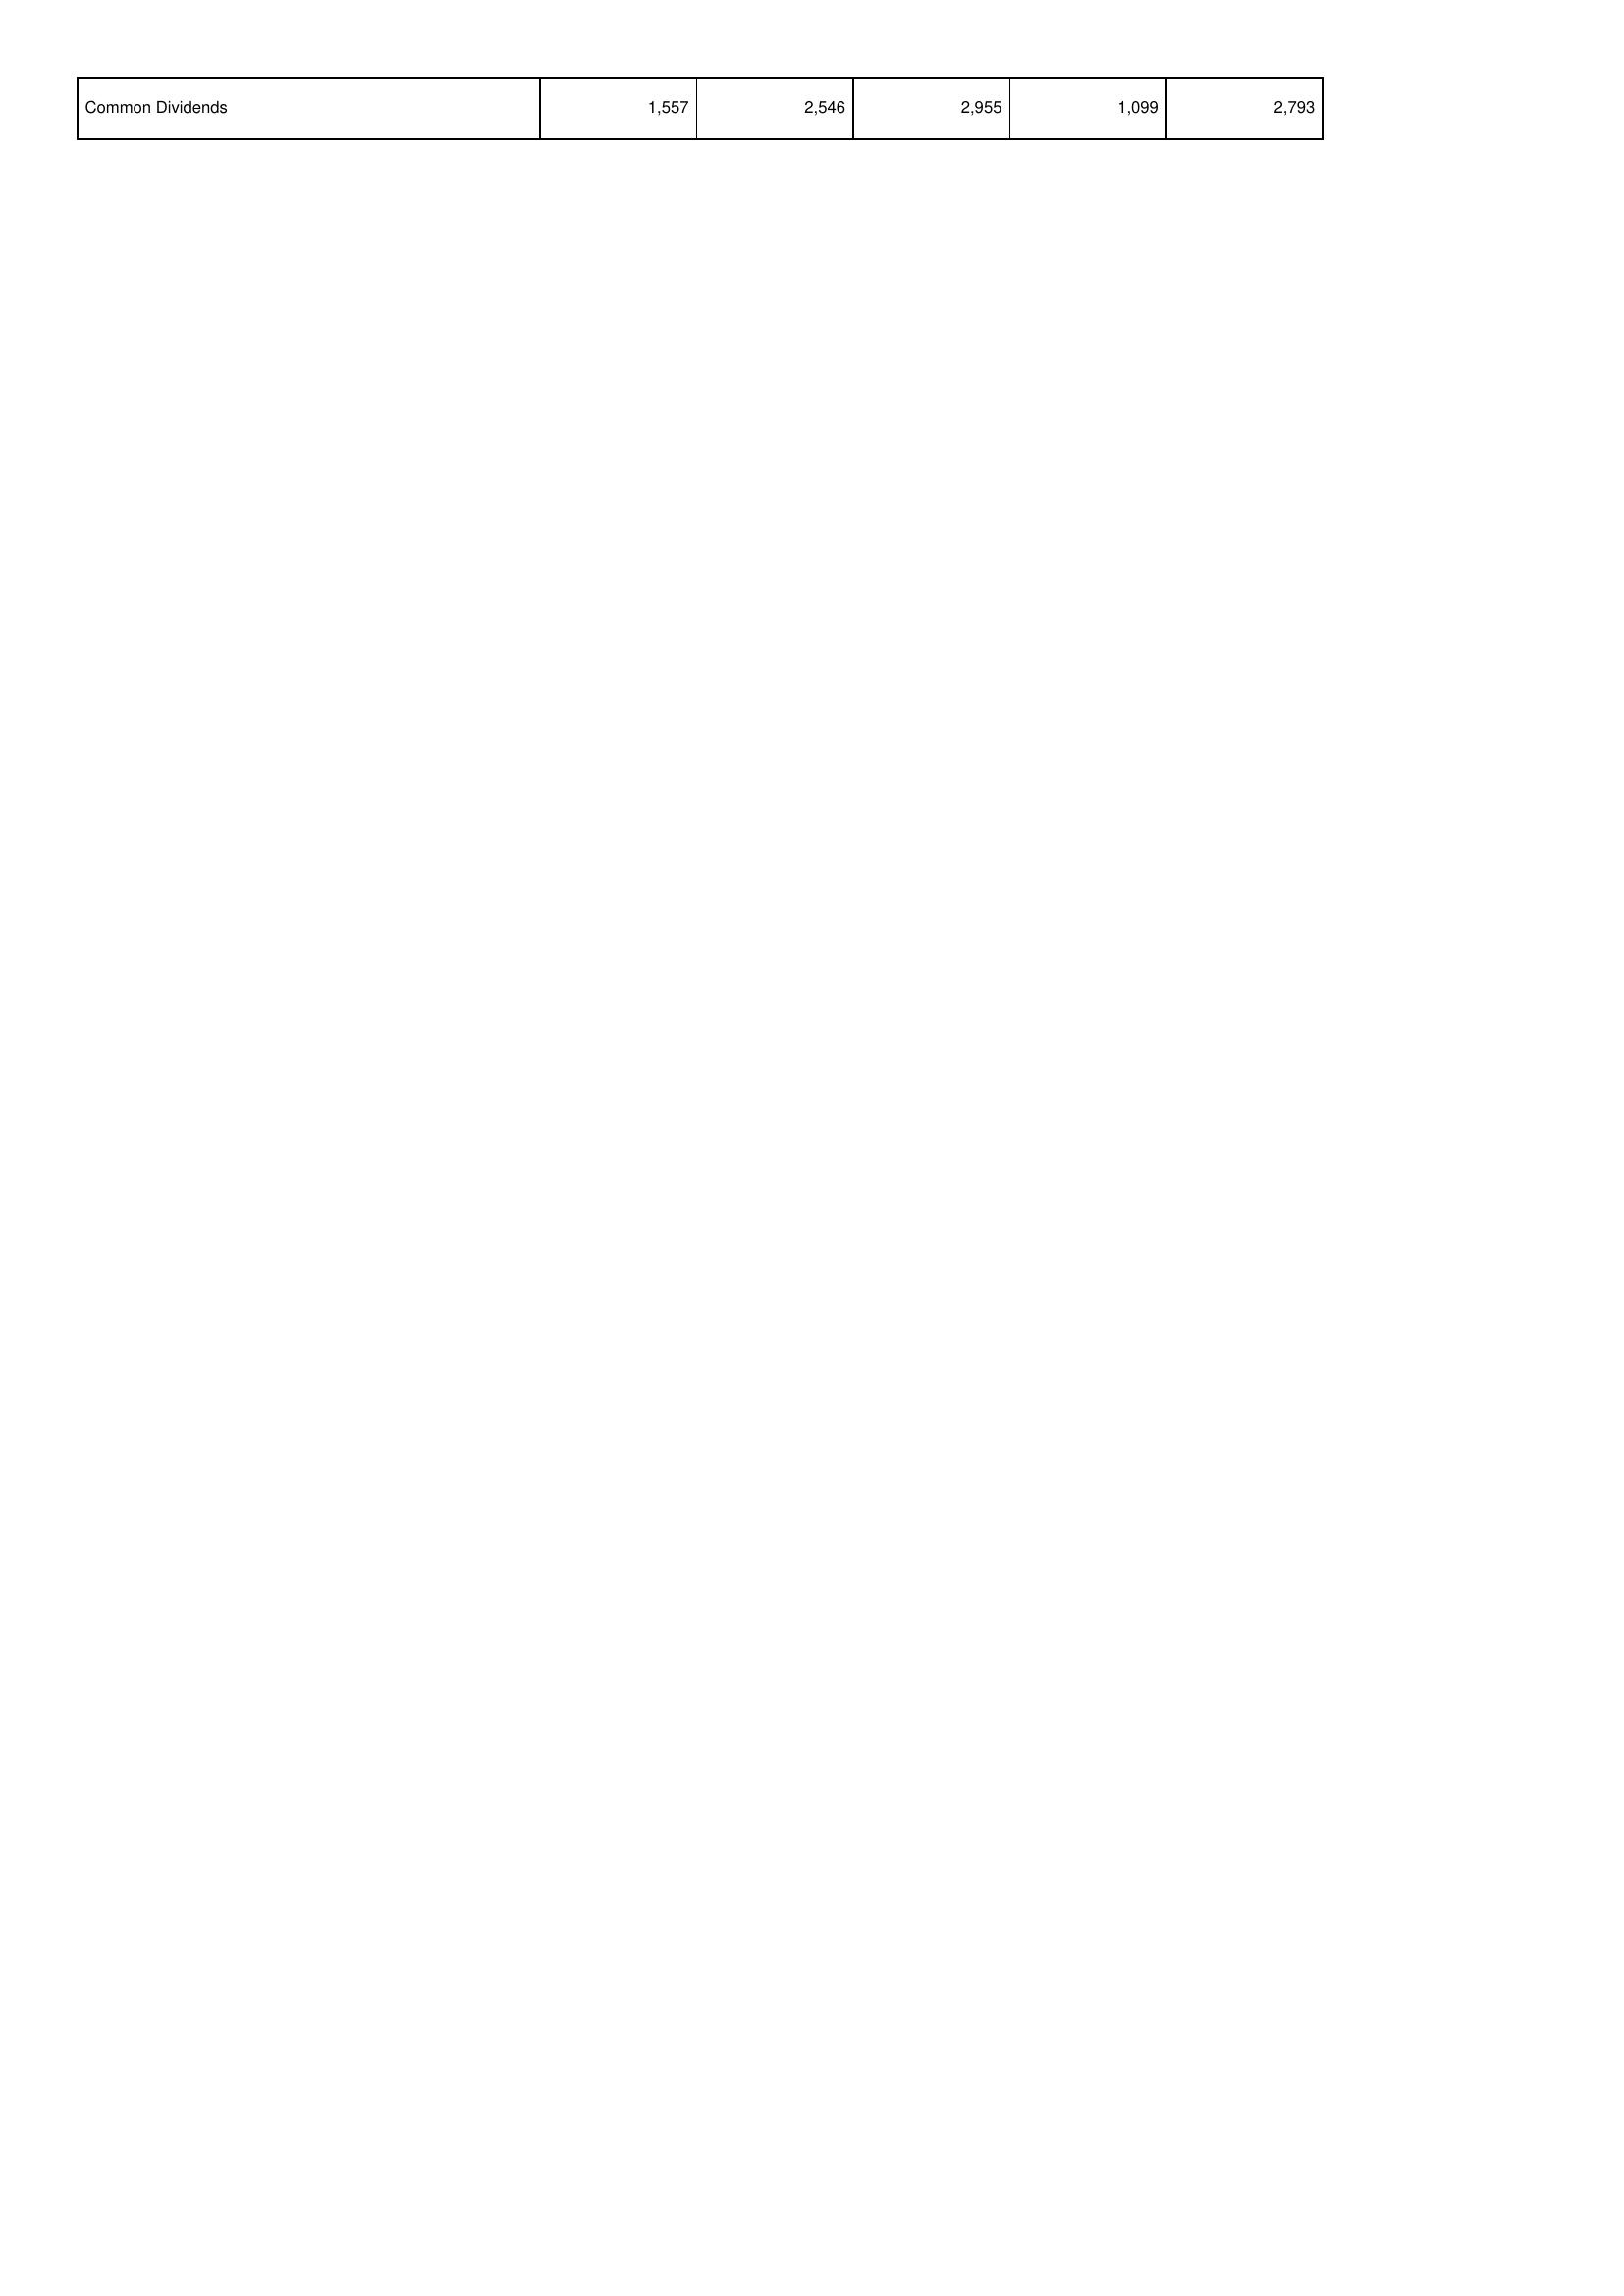
2014: Financing Activities: Common Dividends: 1,557
2015: Financing Activities: Common Dividends: 2,546
2016: Financing Activities: Common Dividends: 2,955
2017: Financing Activities: Common Dividends: 1,099
2018: Financing Activities: Common Dividends: 2,793